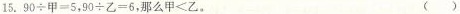
15.$$90\div甲=5$$，$$90\div乙=6$$，那么甲<乙。 ( )